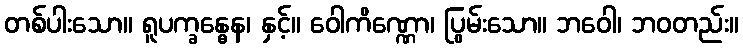
တစ်ပါးသော။ ရူပက္ခန္ဓေန၊ နှင့်။ ဝေါကိဏ္ဏော၊ ပြွမ်းသော။ ဘဝေါ၊ ဘဝတည်း။